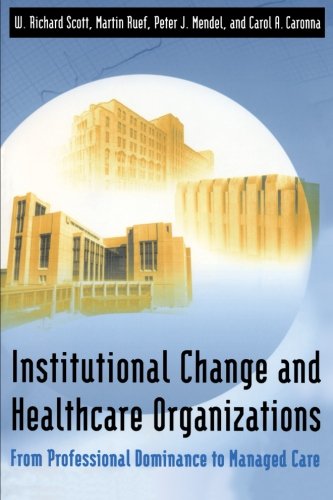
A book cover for Institutional Change and Healthcare Organizations : From Professional Dominance to Managed Care; W. Richard Scott; Medical Books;